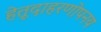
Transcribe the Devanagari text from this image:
हेतूदाहरणोपनय